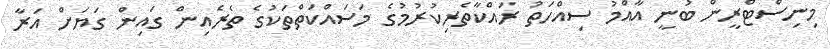
މިނިސްޓްރީން ބުނީ އާއްމު ސިއްހަތު ރައްކާތެރިކުރުމުގެ މަސައްކަތްތަކުގެ ތެރެއިން ގައިން ގަޔަށް އަރާ